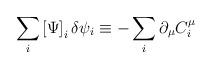
LaTeX: \begin{align*}\sum_{i}\left[ \Psi \right] _{i}\delta \psi _{i}\equiv -\sum_{i}\partial_{\mu }C_{i}^{\mu } \end{align*}